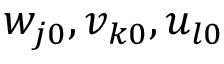
w _ { j 0 } , v _ { k 0 } , u _ { l 0 }